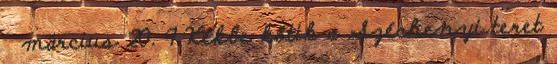
március 20. 9 Kékbe kötik a Széchenyi teret